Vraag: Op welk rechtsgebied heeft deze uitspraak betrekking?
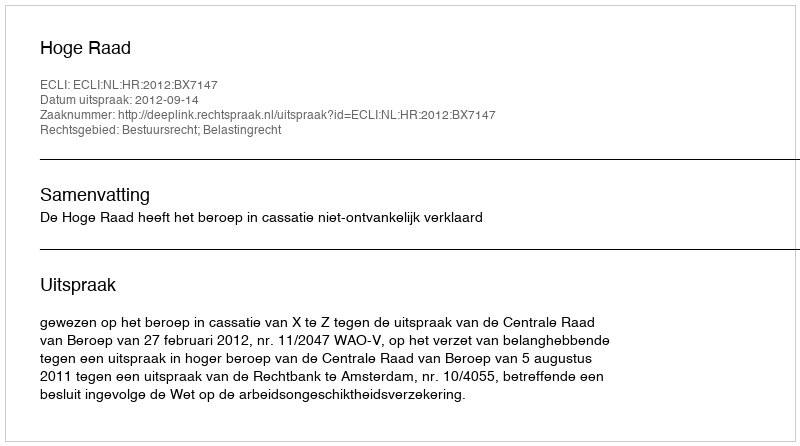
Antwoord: Bestuursrecht; Belastingrecht